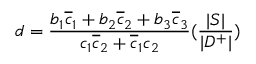
d = { \frac { b _ { 1 } \overline { { c } } _ { 1 } + b _ { 2 } \overline { { c } } _ { 2 } + b _ { 3 } \overline { { c } } _ { 3 } } { c _ { 1 } \overline { { c } } _ { 2 } + \overline { { c } } _ { 1 } c _ { 2 } } } ( { \frac { | S | } { | D ^ { + } | } } )